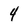
Character: 4